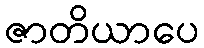
ဇာတိယာပေ